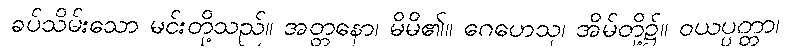
ခပ်သိမ်းသော မင်းတို့သည်။ အတ္တနော၊ မိမိ၏။ ဂေဟေသု၊ အိမ်တို့၌။ ဝယပ္ပတ္တာ၊